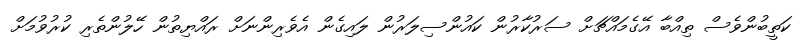
ކަތީބުންވެސް ތިއްބާ އޭގެމައްޗަށް ސަރުކާރުން ކައުންސިލަރުން ލައިގެން އެވެރިންނަށް ރައްޔިތުން ހޭލުންތެރި ކުރުވުމަށް